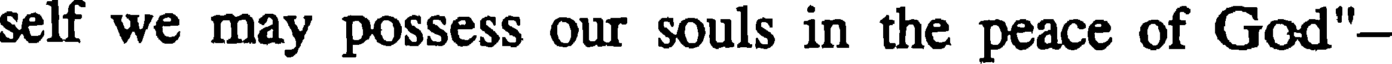
self we may possess our souls in the peace of God"-